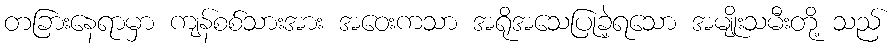
တခြားနေရာမှာ ကျန်စစ်သားအား အဝေးကသာ အရိုအသေပြုခဲ့ရသော အမျိုးသမီးတို့ သည်